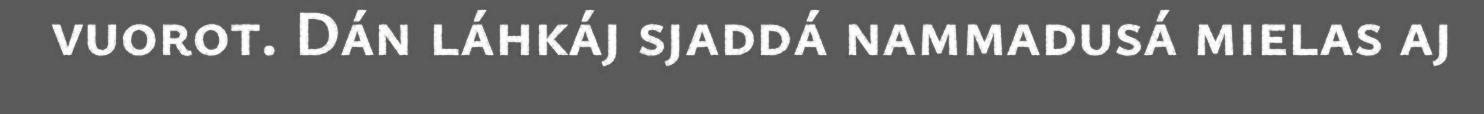
vuorot. Dán láhkáj sjaddá nammadusá mielas aj